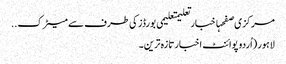
مرکزی صفحہاخبارتعلیمتعلیمی بورڈز کی طرف سے میٹرک ..
لاہور (اُردو پوائنٹ اخبارتازہ ترین۔